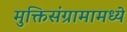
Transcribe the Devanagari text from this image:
मुक्तिसंग्रामामध्ये